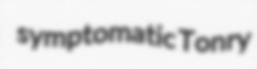
symptomatic Tonry